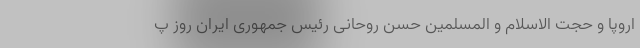
اروپا و حجت الاسلام و المسلمین حسن روحانی رئیس جمهوری ایران روز پ